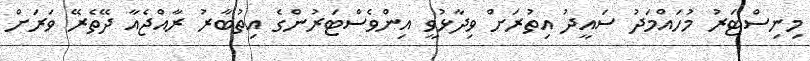
މިނިސްޓަރު މުހައްމަދު ސައީދު އިތުރަށް ވިދާޅުވީ އިންވެސްޓަރުންގެ އިތުބާރު ރާއްޖެއާ ދޭތެރޭ ވަރަށް